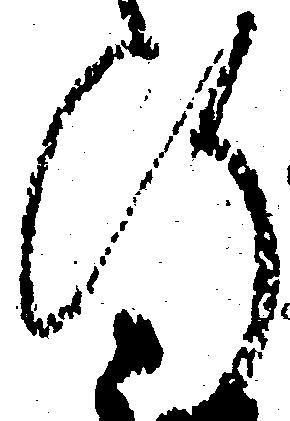
行